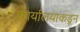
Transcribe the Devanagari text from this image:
कार्यालयाकडून